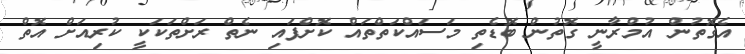
އެގޮތުން އުމްރާނީ ގޮތުން ބޮޑެތި މަސައްކަތްތައް ކޮށްފައި ނެތް ރަށްތަކަކީ ކުރިއަށް އޮތް